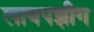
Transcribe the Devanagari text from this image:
लायपझीग